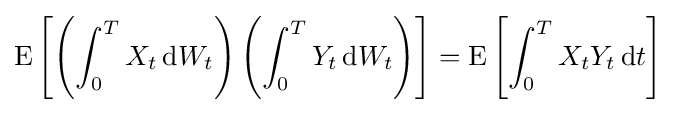
\operatorname {E} \left[\left(\int _{0}^{T}X_{t}\,\mathrm {d} W_{t}\right)\left(\int _{0}^{T}Y_{t}\,\mathrm {d} W_{t}\right)\right]=\operatorname {E} \left[\int _{0}^{T}X_{t}Y_{t}\,\mathrm {d} t\right]